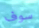
سوف